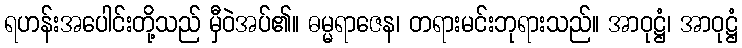
ရဟန်းအပေါင်းတို့သည် မှီဝဲအပ်၏။ ဓမ္မရာဇေန၊ တရားမင်းဘုရားသည်။ အာဝုဋ္ဌံ၊ အာဝုဋ္ဌံ